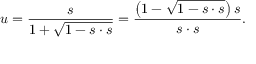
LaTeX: u = { \frac { s } { 1 + { \sqrt { 1 - s \cdot s } } } } = { \frac { \left( 1 - { \sqrt { 1 - s \cdot s } } \right) s } { s \cdot s } } .